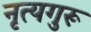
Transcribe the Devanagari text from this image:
नृत्यगुरू